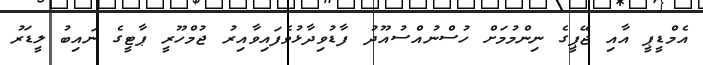
އެމްޑީޕީ އާއި ޖޭޕީގެ ނިންމުމަށް ހުސްނުއްސުއޫދު ފާޑުވިދާޅުވެފައިވާއިރު ޖުމްހޫރީ ޕާޓީގެ ނައިބު ލީޑަރު